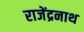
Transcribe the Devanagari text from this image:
राजेंद्रनाथ